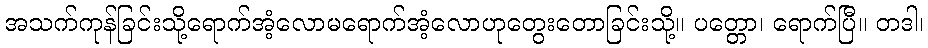
အသက်ကုန်ခြင်းသို့ရောက်အံ့လောမရောက်အံ့လောဟုတွေးတောခြင်းသို့။ ပတ္တော၊ ရောက်ပြီ။ တဒါ၊